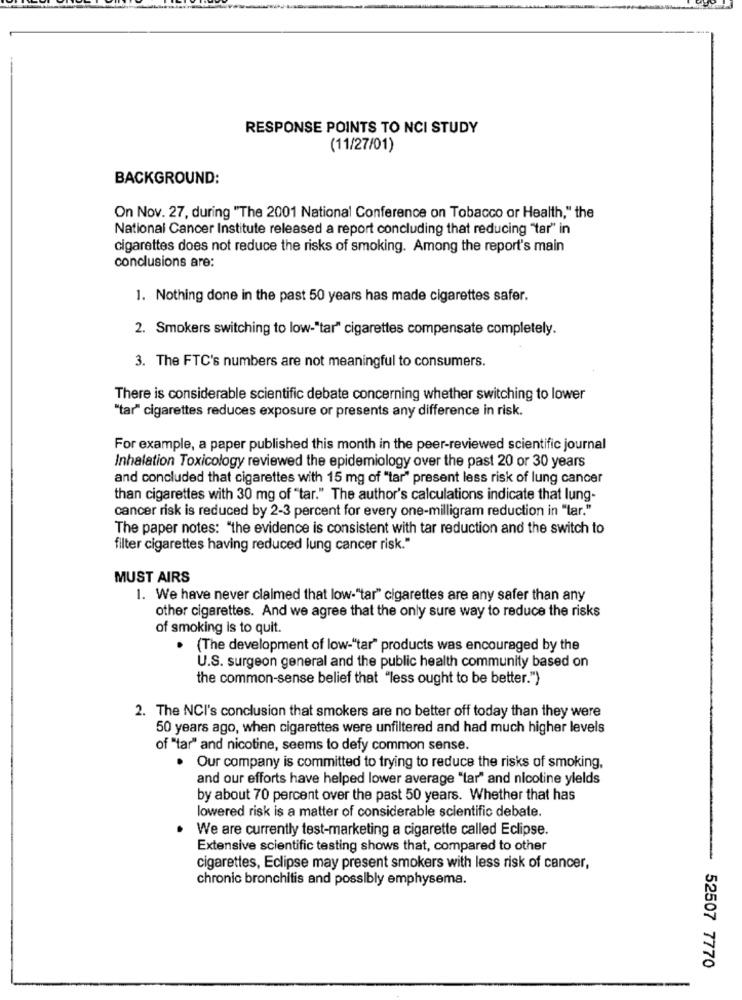
RESPONSE POINTS TO NCI STUDY
(11/27/01)
BACKGROUND:
On Nov. 27, during "The 2001 National Conference on Tobacco or Health," the
National Cancer Institute released a report concluding that reducing "tar" in
cigarettes does not reduce the risks of smoking. Among the report's main
conclusions are:
1. Nothing done in the past 50 years has made cigarettes safer.
2. Smokers switching to low-"tar" cigarettes compensate completely.
3. The FTC's numbers are not meaningful to consumers.
There is considerable scientific debate concerning whether switching to lower
"tar" cigarettes reduces exposure or presents any difference in risk.
For example, a paper published this month in the peer-reviewed scientific journal
Inhalation Toxicology reviewed the epidemiology over the past 20 or 30 years
and concluded that cigarettes with 15 mg of "tar" present less risk of lung cancer
than cigarettes with 30 mg of "tar." The author's calculations indicate that lung-
cancer risk is reduced by 2-3 percent for every one-milligram reduction in "tar."
The paper notes: "the evidence is consistent with tar reduction and the switch to
filter cigarettes having reduced lung cancer risk."
MUST AIRS
1. We have never claimed that low-"tar" cigarettes are any safer than any
other cigarettes. And we agree that the only sure way to reduce the risks
of smoking is to quit.
(The development of low-"tar" products was encouraged by the
U.S. surgeon general and the public health community based on
the common-sense belief that "less ought to be better.")
2. The NCI's conclusion that smokers are no better off today than they were
50 years ago, when cigarettes were unfiltered and had much higher levels
of "tar" and nicotine, seems to defy common sense.
. Our company is committed to trying to reduce the risks of smoking,
and our efforts have helped lower average "tar" and nicotine yields
by about 70 percent over the past 50 years. Whether that has
lowered risk is a matter of considerable scientific debate.
We are currently test-marketing a cigarette called Eclipse.
Extensive scientific testing shows that, compared to other
-
cigarettes, Eclipse may present smokers with less risk of cancer,
chronic bronchitis and possibly emphysema.
52507 7770